Report on the Civil Veterinary Department, Eastern Bengal and Assam - 1907-1911
Year: 1907
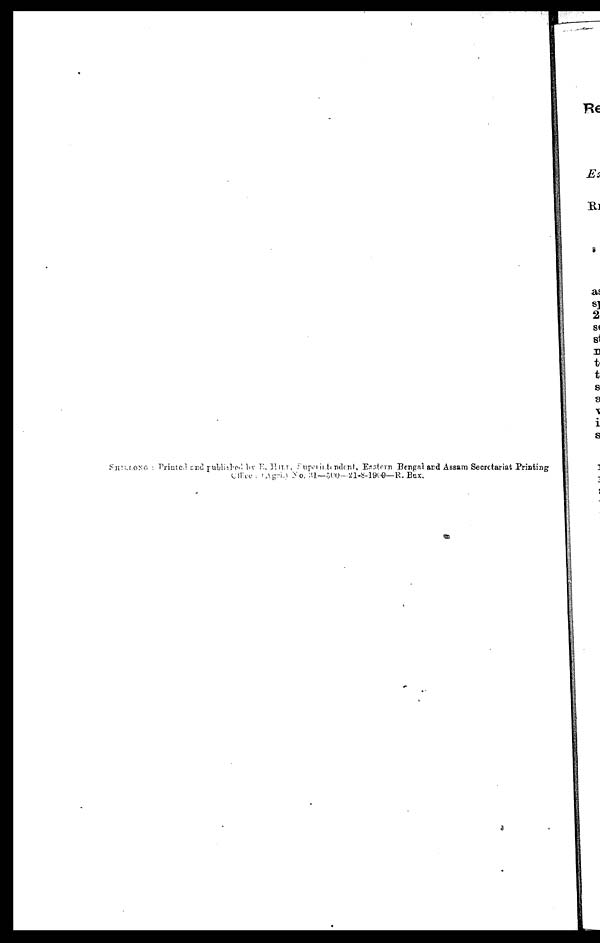
SHILLONG: Printed and published by E. HILI, Superitendent, Eastern Bengal and Assam Secretariat Printing
Office: (Agri.) No. 31—500—21-8-1909—R. Bux.